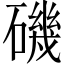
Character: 磯